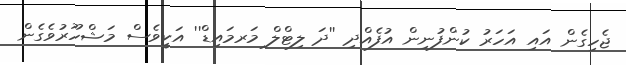
ޖެހިގެން އައި އަހަރު ކުންފުނިން އުފެއްދި ''ދަ ލިޓްލް މަރމައިޑް'' އަކީވެސް މަޝްހޫރުވެގެން